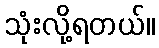
သုံးလို့ရတယ်။